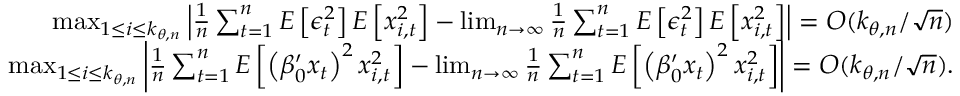
\begin{array} { r l r } & { } & { \operatorname* { m a x } _ { 1 \leq i \leq k _ { \theta , n } } \left\vert \frac { 1 } { n } \sum _ { t = 1 } ^ { n } E \left[ \epsilon _ { t } ^ { 2 } \right] E \left[ x _ { i , t } ^ { 2 } \right] - \operatorname* { l i m } _ { n \rightarrow \infty } \frac { 1 } { n } \sum _ { t = 1 } ^ { n } E \left[ \epsilon _ { t } ^ { 2 } \right] E \left[ x _ { i , t } ^ { 2 } \right] \right\vert = O ( k _ { \theta , n } / \sqrt { n } ) } \\ & { } & { \operatorname* { m a x } _ { 1 \leq i \leq k _ { \theta , n } } \left\vert \frac { 1 } { n } \sum _ { t = 1 } ^ { n } E \left[ \left( \beta _ { 0 } ^ { \prime } x _ { t } \right) ^ { 2 } x _ { i , t } ^ { 2 } \right] - \operatorname* { l i m } _ { n \rightarrow \infty } \frac { 1 } { n } \sum _ { t = 1 } ^ { n } E \left[ \left( \beta _ { 0 } ^ { \prime } x _ { t } \right) ^ { 2 } x _ { i , t } ^ { 2 } \right] \right\vert = O ( k _ { \theta , n } / \sqrt { n } ) . } \end{array}